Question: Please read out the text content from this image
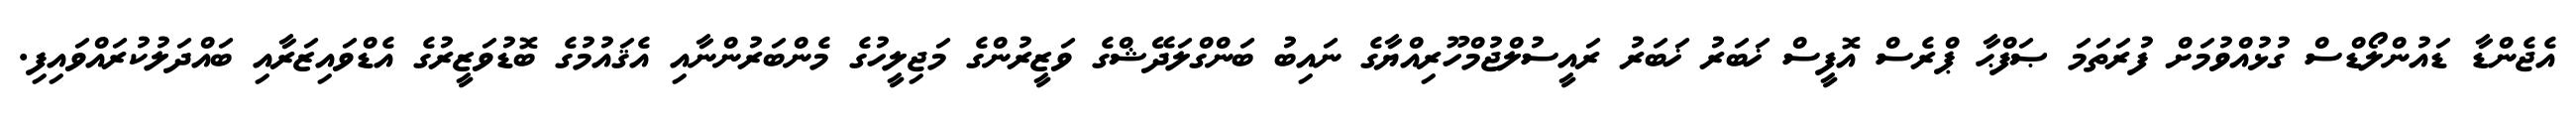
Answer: އެޖެންޑާ ޑައުންލޯޑްސް ގުޅުއްވުމަށް ފުރަތަމަ ޞަފްޙާ ޕްރެސް އޮފީސް ޚަބަރު ޚަބަރު ރައީސުލްޖުމްހޫރިއްޔާގެ ނައިބު ބަންގްލަދޭޝްގެ ވަޒީރުންގެ މަޖިލީހުގެ މެންބަރުންނާއި އެޤައުމުގެ ބޮޑުވަޒީރުގެ އެޑްވައިޒަރާއި ބައްދަލުކުރައްވައިފި.